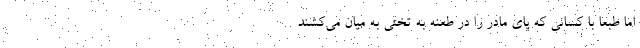
اما طبعا با کسانی که پای مادر را در طعنه به تختی به میان می‌کشند